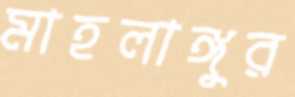
মাহলাঙ্গুর